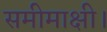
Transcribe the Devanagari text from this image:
समीमाक्षी।